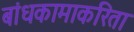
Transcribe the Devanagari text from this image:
बांधकामाकरिता